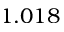
1 . 0 1 8